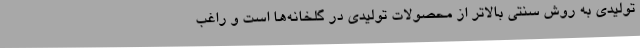
تولیدی به روش سنتی بالاتر از محصولات تولیدی در گلخانه‌ها است و راغب